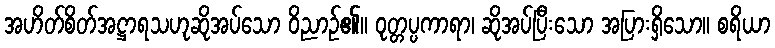
အဟိတ်စိတ်အဋ္ဌာရသဟုဆိုအပ်သော ဝိညာဉ်၏။ ဝုတ္တပ္ပကာရာ၊ ဆိုအပ်ပြီးသော အပြားရှိသော။ စရိယာ